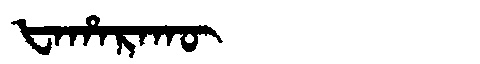
Manchu: ᡶᠠᡥᠠᡵᠠᡴᡡ
Romanization: FAHARAKŪ